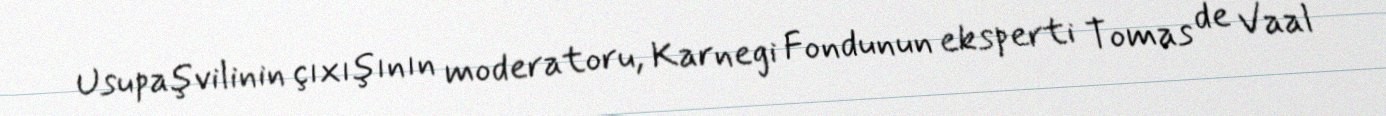
Usupaşvilinin çıxışının moderatoru, Karnegi Fondunun eksperti Tomas de Vaal